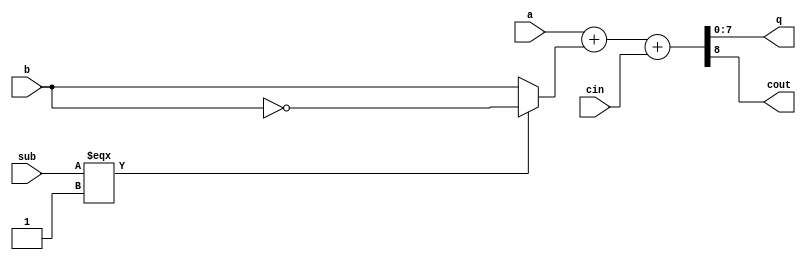
// This program was cloned from: https://github.com/micro-FPGA/engine-V
// License: Apache License 2.0

/*******************************************************************************

-- File Type:    Verilog HDL 
-- Tool Version: VHDL2verilog 20.32
-- Input file was: addsub8.vhd
-- Command line was: C:\SynaptiCAD\bin\win32\vhdl2verilog.exe addsub8.vhd addsub8.v
-- Date Created: Wed Nov 07 20:48:33 2018

*******************************************************************************/

`define false 1'b 0
`define FALSE 1'b 0
`define true 1'b 1
`define TRUE 1'b 1

`timescale 1 ns / 1 ns // timescale for following modules


module addsub8 (
   a,
   b,
   q,
   sub,
   cin,
   cout);
 

input   [7:0] a; 
input   [7:0] b; 
output   [7:0] q; 
input   sub; 
input   cin; 
output   cout; 

wire    [7:0] q; 
wire    cout; 
wire    [8:0] A_i; 
wire    [8:0] B_i; 
wire    [8:0] Full_Carry; 
wire    [8:0] Res_i; 

assign B_i[8] = 1'b 0; 
assign B_i[7:0] = sub === 1'b 1 ? ~b : 
	b; 
assign A_i[8] = 1'b 0; 
assign A_i[7:0] = a; 
assign Full_Carry[8:1] = 8'b 00000000; 
assign Full_Carry[0] = cin; 
assign Res_i = A_i + B_i + Full_Carry; 
assign cout = Res_i[8]; 
assign q = Res_i[7:0]; 

endmodule // module addsub8